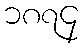
၁၈၇၄